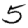
Digit: 5